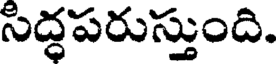
సిద్ధపరుస్తుంది.